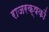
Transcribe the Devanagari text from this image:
राजरक्षकों